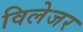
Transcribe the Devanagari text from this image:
विलेजर